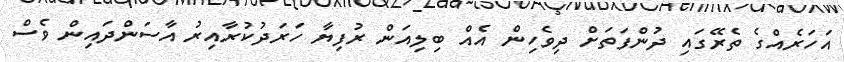
އަހަރެއްގެ ތެރޭގައި ދުންފަތަށް ދިވެހިން އެއް ބިލިއަން ރުފިޔާ ހަރަދުކުރާއިރު އާސަންދައިން ވެސް